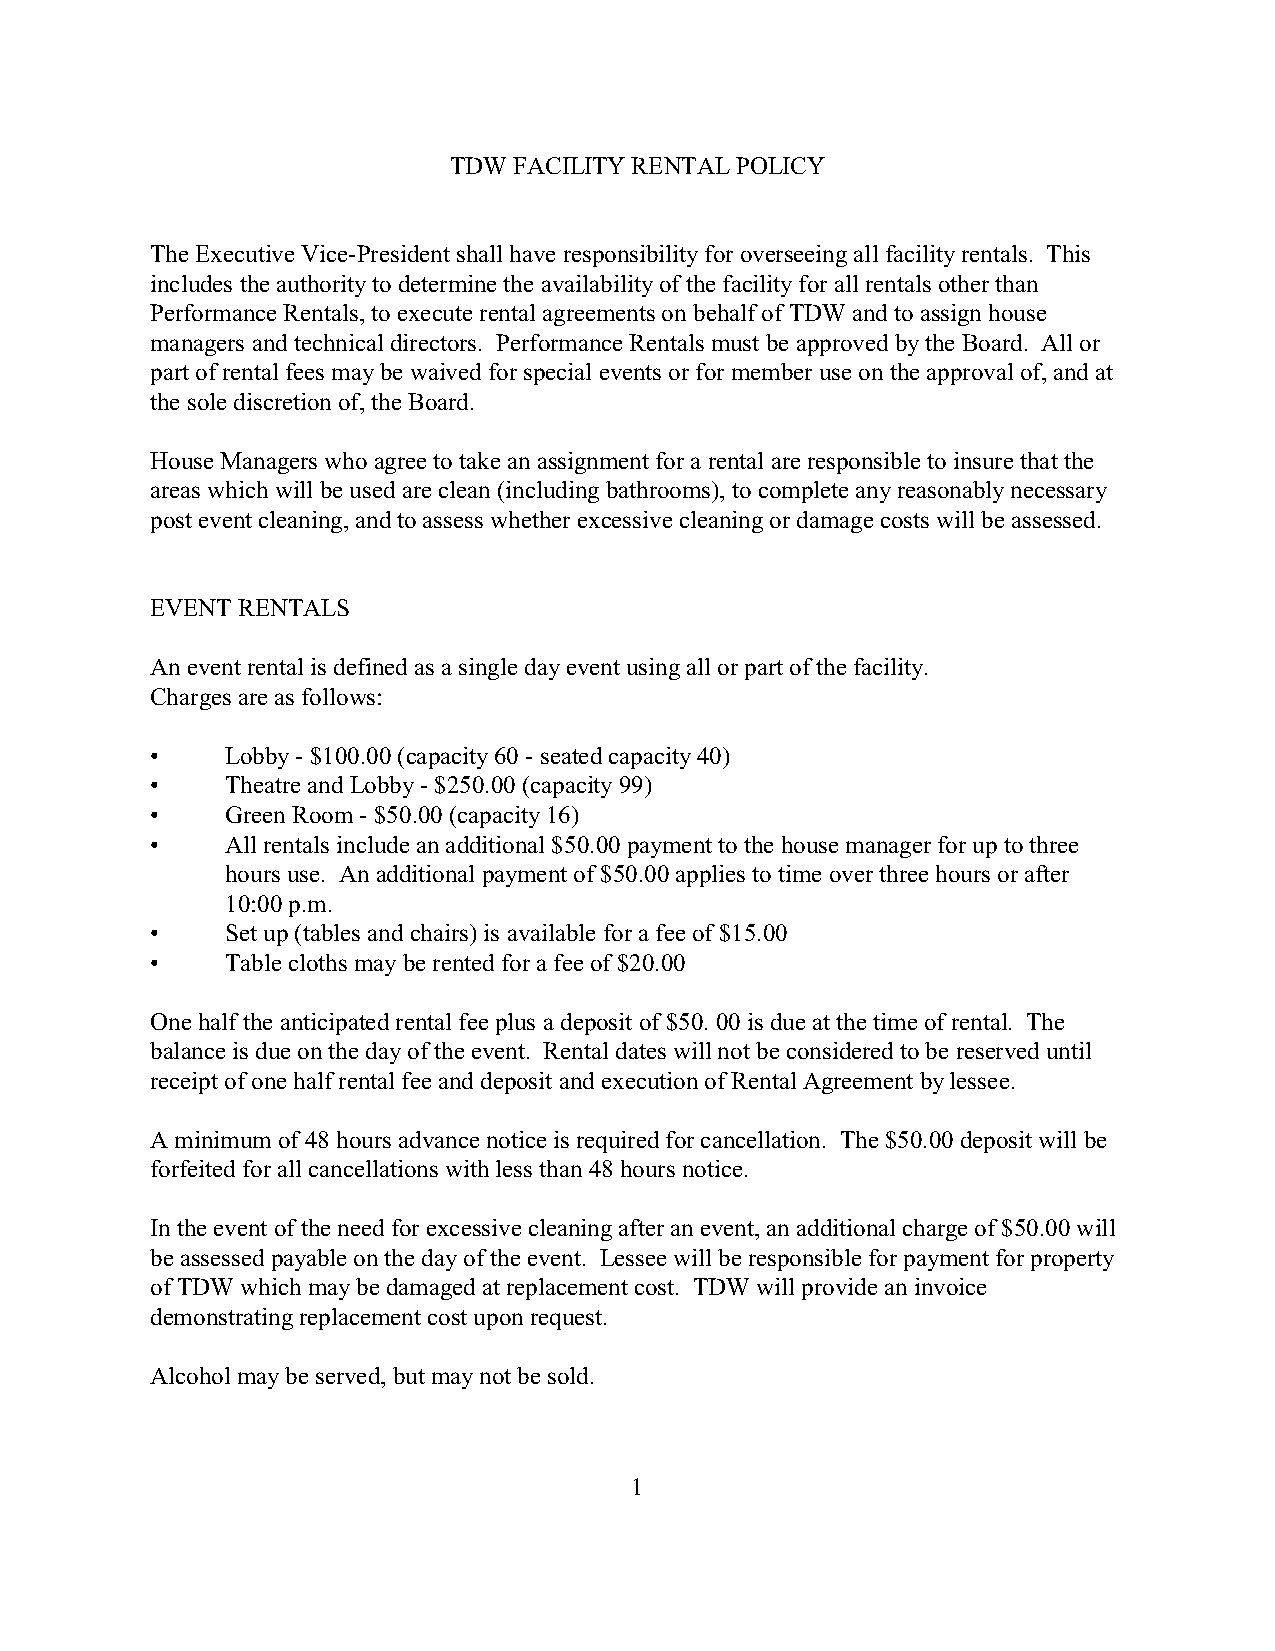
TDW FACILITY RENTAL POLICY
 The Executive Vice-President shall have responsibility for overseeing all facility rentals. This
 includes the authority to determine the availability of the facility for all rentals other than
 Performance Rentals, to execute rental agreements on behalf of TDW and to assign house
 managers and technical directors. Performance Rentals must be approved by the Board. All or
 part of rental fees may be waived for special events or for member use on the approval of, and at
 the sole discretion of, the Board.
 House Managers who agree to take an assignment for a rental are responsible to insure that the
 areas which will be used are clean (including bathrooms), to complete any reasonably necessary
 post event cleaning, and to assess whether excessive cleaning or damage costs will be assessed.
 EVENT RENTALS
 An event rental is defined as a single day event using all or part of the facility.
 Charges are as follows:
 •    Lobby - $100.00 (capacity 60 - seated capacity 40)
 •    Theatre and Lobby - $250.00 (capacity 99)
 •    Green Room - $50.00 (capacity 16)
 •    All rentals include an additional $50.00 payment to the house manager for up to three
 hours use. An additional payment of $50.00 applies to time over three hours or after
 10:00 p.m.
 •    Set up (tables and chairs) is available for a fee of $15.00
 •    Table cloths may be rented for a fee of $20.00
 One half the anticipated rental fee plus a deposit of $50. 00 is due at the time of rental. The
 balance is due on the day of the event. Rental dates will not be considered to be reserved until
 receipt of one half rental fee and deposit and execution of Rental Agreement by lessee.
 A minimum of 48 hours advance notice is required for cancellation. The $50.00 deposit will be
 forfeited for all cancellations with less than 48 hours notice.
 In the event of the need for excessive cleaning after an event, an additional charge of $50.00 will
 be assessed payable on the day of the event. Lessee will be responsible for payment for property
 of TDW which may be damaged at replacement cost. TDW will provide an invoice
 demonstrating replacement cost upon request.
 Alcohol may be served, but may not be sold.
 1